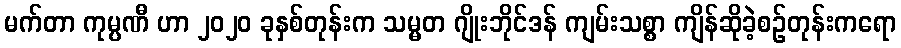
မက်တာ ကုမ္ပဏီ ဟာ ၂၀၂၀ ခုနှစ်တုန်းက သမ္မတ ဂျိုးဘိုင်ဒန် ကျမ်းသစ္စာ ကျိန်ဆိုခဲ့စဉ်တုန်းကရော